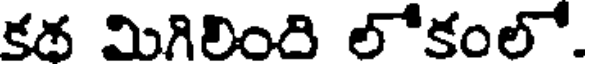
కథ మిగిలింది లోకంలో.